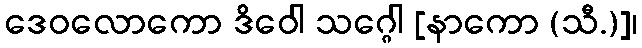
ဒေဝလောကော ဒိဝေါ သဂ္ဂေါ [နာကော (သီ.)]၊